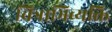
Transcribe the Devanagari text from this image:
चित्राभिव्यक्ति